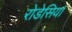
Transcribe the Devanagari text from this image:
रोडेसिया